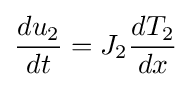
{\frac {du_{2}}{dt}}=J_{2}{\frac {dT_{2}}{dx}}